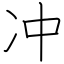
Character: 冲